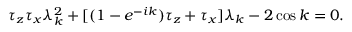
\tau _ { z } \tau _ { x } \lambda _ { k } ^ { 2 } + [ ( 1 - e ^ { - i k } ) \tau _ { z } + \tau _ { x } ] \lambda _ { k } - 2 \cos k = 0 .